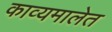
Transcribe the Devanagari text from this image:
काव्यमालेत